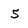
Character: 5